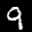
Label: 9